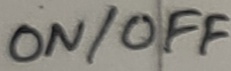
Text: ON/OFF